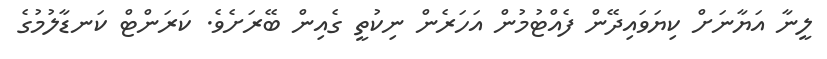
ލީނާ އަޔާނަށް ކިޔަވައިދޭން ފެއްޓުމުން އަހަރެން ނިކުތީ ގެއިން ބޭރަށެވެ. ކަރަންޓް ކަނޑާލުމުގެ